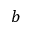
b